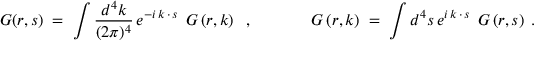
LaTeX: { \cal G } ( r , s ) \; = \; \int \frac { d ^ { 4 } k } { ( 2 \pi ) ^ { 4 } } \, e ^ { - i \, k \, \cdot \, s } \; \, { \cal G } \left( r , k \right) \; \; , \; \; \; \; \; \; \; \; \; \; \; \; \; { \cal G } \left( r , k \right) \; = \; \int d ^ { 4 } s \, e ^ { i \, k \, \cdot \, s } \; \, { \cal G } \left( r , s \right) \; .